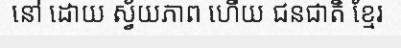
នៅ ដោយ ស្វ័យភាព ហើយ ជនជាតិ ខ្មែរ